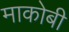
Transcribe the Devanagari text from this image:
माकोबी